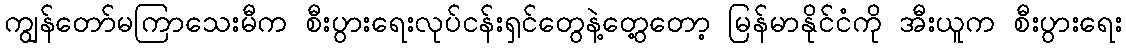
ကျွန်တော်မကြာသေးမီက စီးပွားရေးလုပ်ငန်းရှင်တွေနဲ့တွေ့တော့ မြန်မာနိုင်ငံကို အီးယူက စီးပွားရေး